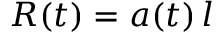
R ( t ) = a ( t ) \, l